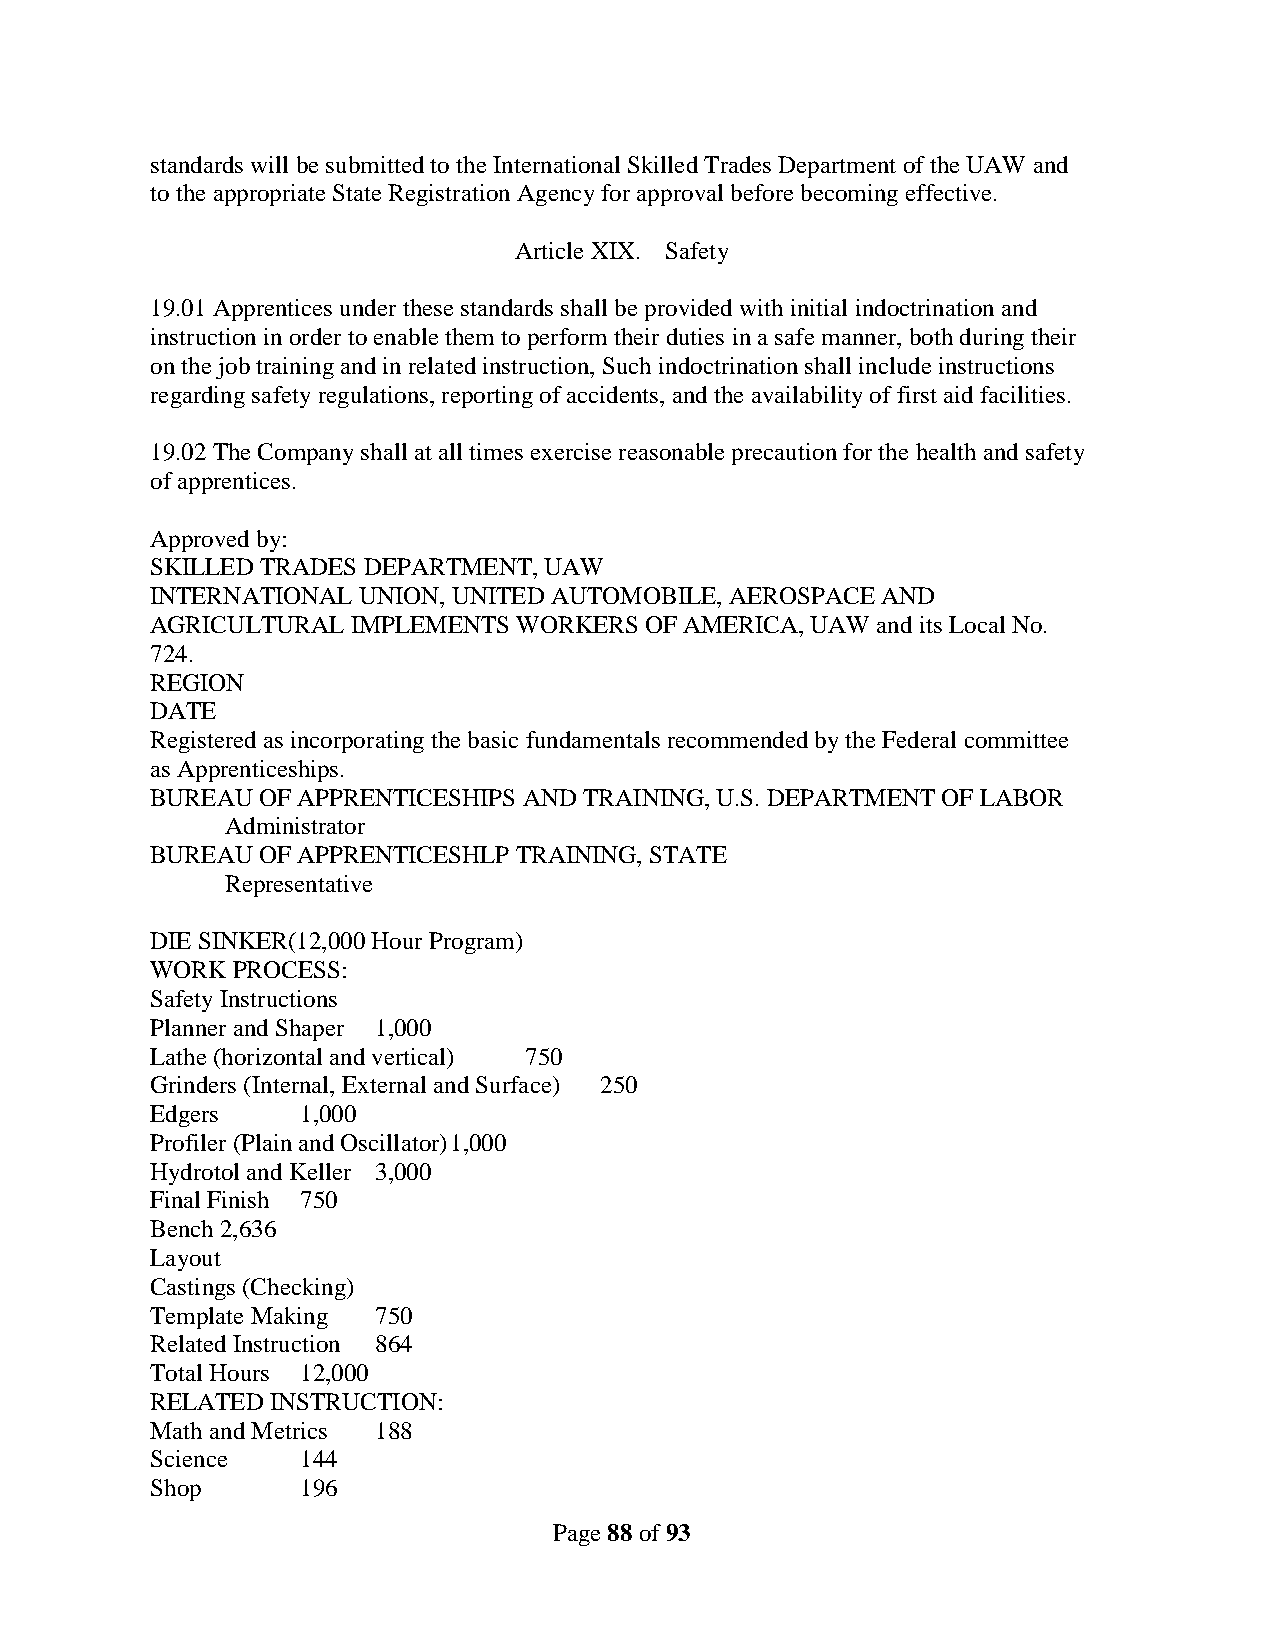
standards will be submitted to the International Skilled Trades Department of the UAW and
 to the appropriate State Registration Agency for approval before becoming effective.
 Article XIX. Safety
 19.01 Apprentices under these standards shall be provided with initial indoctrination and
 instruction in order to enable them to perform their duties in a safe manner, both during their
 on the job training and in related instruction, Such indoctrination shall include instructions
 regarding safety regulations, reporting of accidents, and the availability of first aid facilities.
 19.02 The Company shall at all times exercise reasonable precaution for the health and safety
 of apprentices.
 Approved by:
 SKILLED TRADES DEPARTMENT, UAW
 INTERNATIONAL UNION, UNITED AUTOMOBILE, AEROSPACE AND
 AGRICULTURAL IMPLEMENTS WORKERS  OF AMERICA, UAW and its Local No.
 724.
 REGION
 DATE
 Registered as incorporating the basic fundamentals recommended by the Federal committee
 as Apprenticeships.
 BUREAU OF APPRENTICESHIPS AND TRAINING, U.S. DEPARTMENT OF LABOR
 Administrator
 BUREAU OF APPRENTICESHLP TRAINING, STATE
 Representative
 DIE SINKER(12,000 Hour Program)
 WORK PROCESS:
 Safety Instructions
 Planner and Shaper 1,000
 Lathe (horizontal and vertical) 750
 Grinders (Internal, External and Surface) 250
 Edgers    1,000
 Profiler (Plain and Oscillator) 1,000
 Hydrotol and Keller 3,000
 Final Finish 750
 Bench 2,636
 Layout
 Castings (Checking)
 Template Making 750
 Related Instruction 864
 Total Hours 12,000
 RELATED INSTRUCTION:
 Math and Metrics 188
 Science   144
 Shop      196
 Page 88 of 93